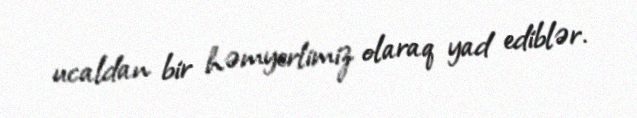
ucaldan bir həmyerlimiz olaraq yad ediblər.